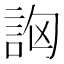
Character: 𧦷